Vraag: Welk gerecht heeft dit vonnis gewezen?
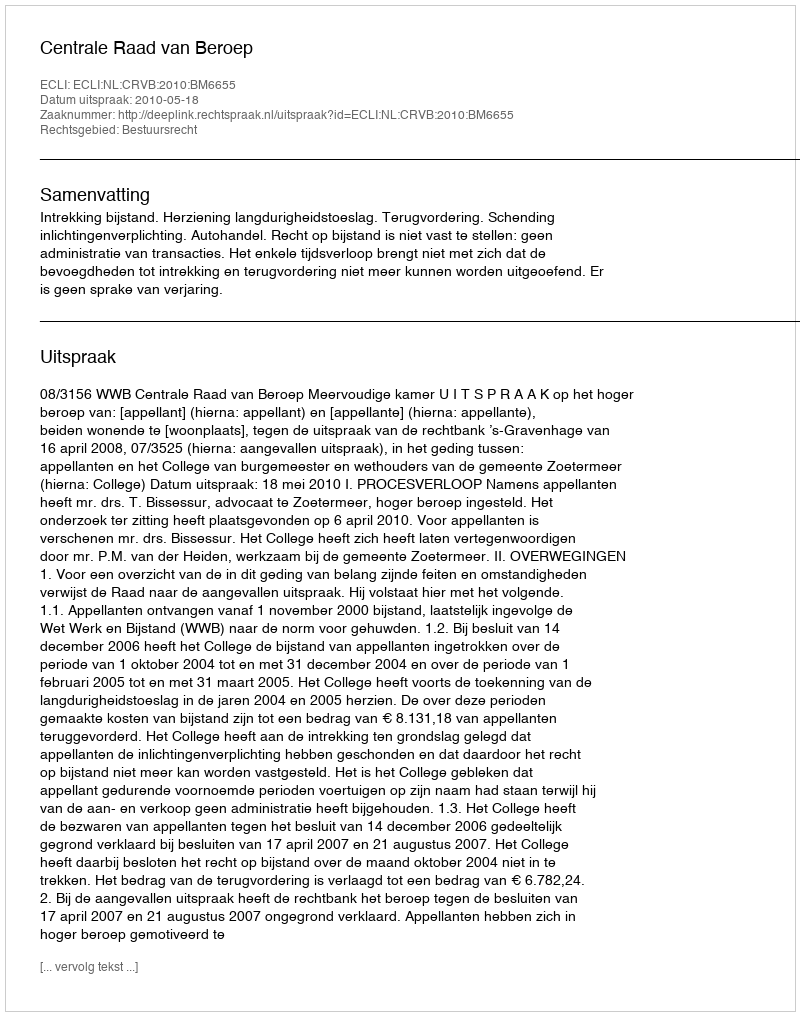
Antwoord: Centrale Raad van Beroep